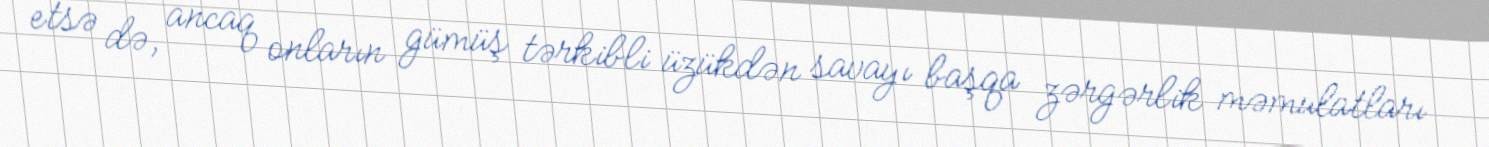
etsə də, ancaq onların gümüş tərkibli üzükdən savayı başqa zərgərlik məmulatları